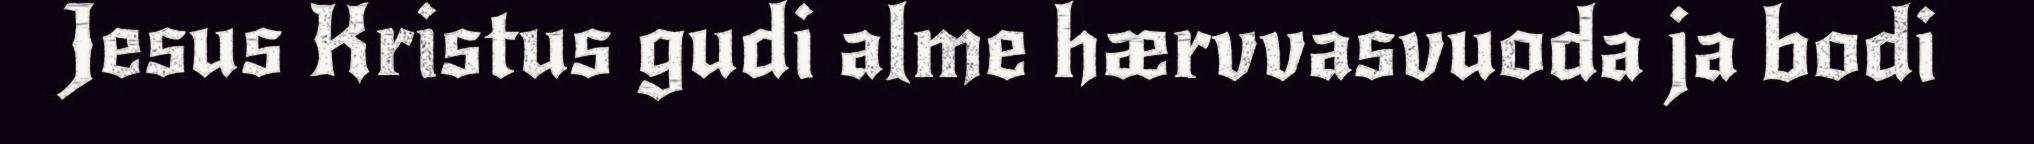
Jesus Kristus gudi alme hærvvasvuoda ja bodi